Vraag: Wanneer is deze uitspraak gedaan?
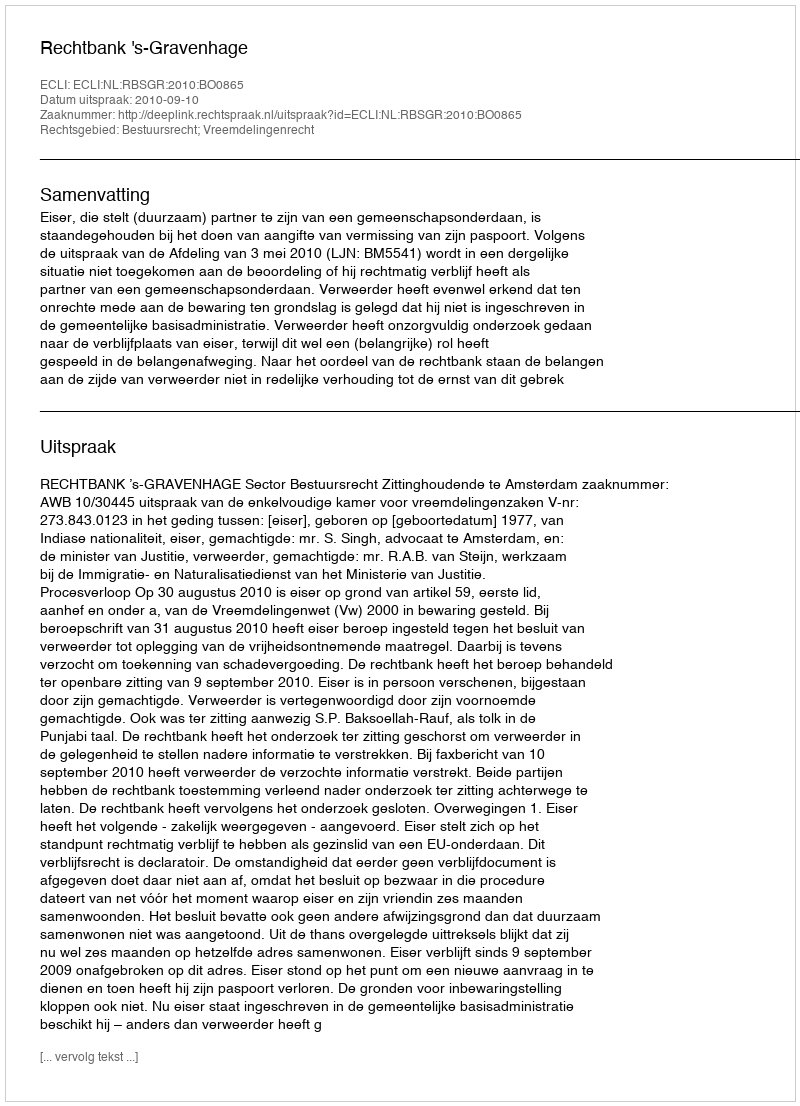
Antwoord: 2010-09-10